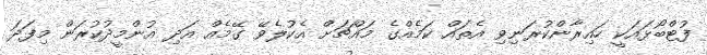
ފުޓްބޯޅައަކީ ހައިރާންކުރަނިވި އެތައް ކަމެއްގެ މައްޗަށް އެކުލެވޭ ގޭމެއް އަދި އުންމީދުކުރަން މިފަދަ